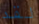
لقد